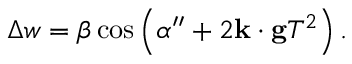
\Delta w = \beta \cos \left( \alpha ^ { \prime \prime } + 2 \mathbf { k } \cdot \mathbf { g } T ^ { 2 } \right) .